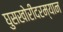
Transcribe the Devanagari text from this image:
घुसखोरीदरम्यान